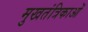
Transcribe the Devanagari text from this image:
मुखतंत्रिकाओं